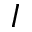
I